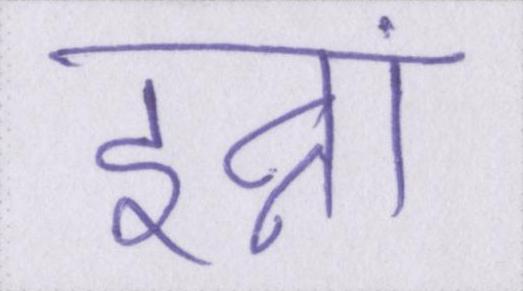
इन्नां